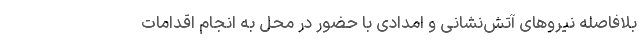
بلافاصله نیروهای آتش‌نشانی و امدادی با حضور در محل به انجام اقدامات